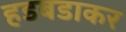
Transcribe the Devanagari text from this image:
हडबडाकर